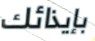
بإيذائك